Lunatic asylums Madras 1877-1891 - 1877-1891
Year: 1877
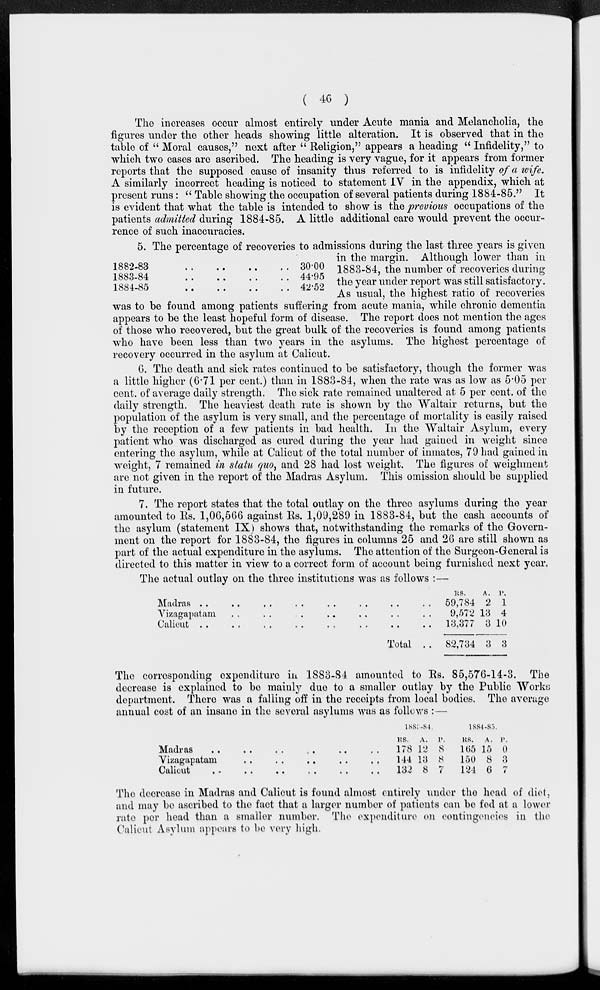
( 46 )
The increases occur almost entirely under Acute mania and Melancholia, the
figures under the other heads showing little alteration. It is observed that in the
table of " Moral causes," next after " Religion," appears a heading " Infidelity," to
which two cases are ascribed. The heading is very vague, for it appears from former
reports that the supposed cause of insanity thus referred to is infidelity of a wife.
A similarly incorrect heading is noticed to statement IV in the appendix, which at
present runs : " Table showing the occupation of several patients during 1884-85." It
is evident that what the table is intended to show is the previous occupations of the
patients admitted during 1884-85. A little additional care would prevent the occur-
rence of such inaccuracies.
1882-83
..
..
.. ..
1883-84
..
..
..
..
1884-85
..
..
..
..
30.00
44.95
42.52
5. The percentage of recoveries to admissions during the last three years is given
in the margin. Although lower than in
1883-84, the number of recoveries during
the year under report was still satisfactory.
As usual, the highest ratio of recoveries
was to be found among patients suffering from acute mania, while chronic dementia
appears to be the least hopeful form of disease. The report does not mention the ages
of those who recovered, but the great bulk of the recoveries is found among patients
who have been less than two years in the asylums. The highest percentage of
recovery occurred in the asylum at Calicut.
6. The death and sick rates continued to be satisfactory, though the former was
a little higher (6.71 per cent.) than in 1883-84, when the rate was as low as 5.05 per
cent. of average daily strength. The sick rate remained unaltered at 5 per cent. of the
daily strength. The heaviest death rate is shown by the Waltair returns, but the
population of the asylum is very small, and the percentage of mortality is easily raised
by the reception of a few patients in bad health. In the Waltair Asylum, every
patient who was discharged as cured during the year had gained in weight since
entering the asylum, while at Calicut of the total number of inmates, 79 had gained in
weight, 7 remained in statu quo, and 28 had lost weight. The figures of weighment
are not given in the report of the Madras Asylum. This omission should be supplied
in future.
7. The report states that the total outlay on the three asylums during the year
amounted to Rs. 1,06,566 against Rs. 1,09,289 in 1883-84, but the cash accounts of
the asylum (statement IX) shows that, notwithstanding the remarks of the Govern-
ment on the report for 1883-84, the figures in columns 25 and 26 are still shown as
part of the actual expenditure in the asylums. The attention of the Surgeon-General is
directed to this matter in view to a correct form of account being furnished next year.
The actual outlay on the three institutions was as follows :—
Madras .. .. .. .. .. .. .. ..
Vizagapatam .. .. .. .. .. .. .. ..
Calicut
..
..
..
..
..
..
..
..
Total ..
RS.
59,784
9,572
13,377
82,734
A.
2
13
3
3
P.
1
4
10
3
The corresponding expenditure in 1883-84 amounted to Rs. 85,576-14-3. The
decrease is explained to be mainly due to a smaller outlay by the Public Works
department. There was a falling off in the receipts from local bodies. The average
annual cost of an insane in the several asylums was as follows :—
Madras .. .. .. .. .. ..
Vizagapatam .. .. .. .. ..
Calicut
..
..
..
..
..
..
1883-84.
RS.
178
144
132
A.
12
13
8
P.
8
8
7
1884-85.
RS.
165
150
124
A.
15
8
6
P.
0
3
7
The decrease in Madras and Calicut is found almost entirely under the head of diet,
and may be ascribed to the fact that a larger number of patients can be fed at a lower
rate per head than a smaller number. The expenditure on contingencies in the
Calicut Asylum appears to be very high.